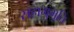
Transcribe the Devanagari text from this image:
सहामुभूति